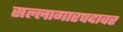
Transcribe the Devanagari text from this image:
सल्लागारपदावर